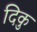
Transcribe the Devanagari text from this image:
दिकु